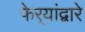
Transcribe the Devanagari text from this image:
फेर्‍यांद्वारे